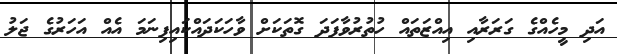
އަދި މީހެއްގެ ގަރަރާއި އިއްޒަތައް ހުތުރުވާފަދަ ގޮތަކަށް ވާހަކަދައްކައިފިނަމަ އެއް އަހަރުގެ ޖަލު